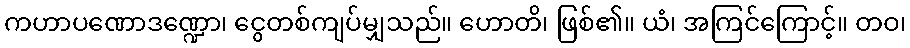
ကဟာပဏောဒဏ္ဍော၊ ငွေတစ်ကျပ်မျှသည်။ ဟောတိ၊ ဖြစ်၏။ ယံ၊ အကြင်ကြောင့်။ တဝ၊